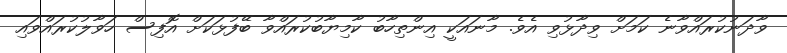
ވާދަނުކުރައްވާނެ ކަމަށް ވިދާޅުވި އެވެ. މާނައަކީ އިންތިހާބު ކާމިޔާބުކުރައްވާ ބޭފުޅަކަށް އޮފިސް ހަވާލުކުރައްވައި